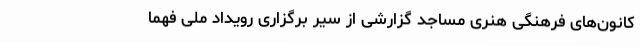
کانون‌های فرهنگی هنری مساجد گزارشی از سیر برگزاری رویداد ملی فهما